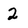
Character: 2